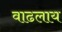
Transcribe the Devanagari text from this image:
वाढलाय